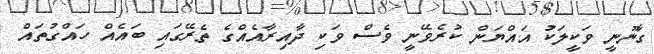
ގާނޫނީ ވަކީލަކު އައްޔަން ކުރެވޭނީ ވެސް ވަކި ދާއިރާއެއްގެ ތެރޭގައި ބައެއް ހައްގުތައް